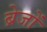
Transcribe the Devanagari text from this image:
ब्रेजों